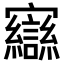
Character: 𫴥